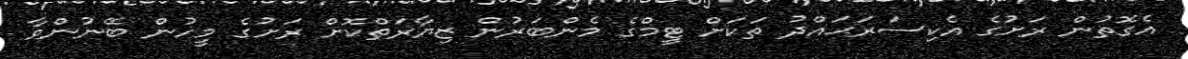
އެގޮތުން ރަށުގެ އެކިސަރަޙައްދު ތަކަށް ޓީމްގެ މެންބަރުން ޒިޔާރަތްކޮށް ރަށުގެ މީހުން ބޭނުންވާ